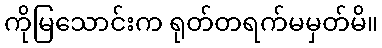
ကိုမြသောင်းက ရုတ်တရက်မမှတ်မိ။